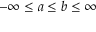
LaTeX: - \infty \leq a \leq b \leq \infty